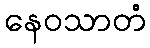
နေဝသာတံ